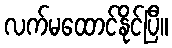
လက်မထောင်နိုင်ပြီ။